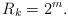
LaTeX: \begin{align*} R_{k}=2^{m}. \end{align*}